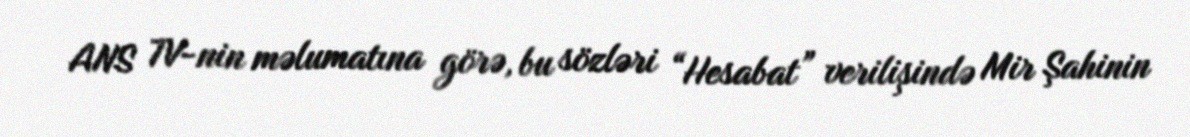
ANS TV-nin məlumatına görə, bu sözləri “Hesabat” verilişində Mir Şahinin